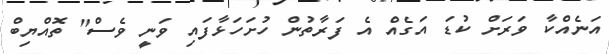
އަނެއްކާ ވަރަށް ކުޑަ އަގެއް އެ ފަރާތުން ހުށަހަޅާފައި ވަނީ ވެސް" ތޮއްޔިބް